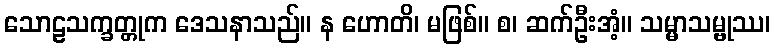
သောဠသက္ခတ္တုက ဒေသနာသည်။ န ဟောတိ၊ မဖြစ်။ စ၊ ဆက်ဦးအံ့။ သမ္မာသမ္ဗုဿ၊